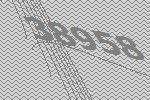
38958